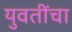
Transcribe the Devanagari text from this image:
युवतींचा